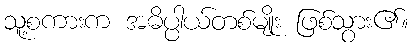
သူ့စကားက အဓိပ္ပါယ်တစ်မျိုး ဖြစ်သွား၏။